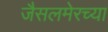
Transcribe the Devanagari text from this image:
जैसलमेरच्या